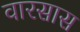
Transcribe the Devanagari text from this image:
वारसास